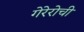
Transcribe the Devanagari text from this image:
गेरेरोची